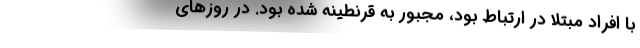
با افراد مبتلا در ارتباط بود، مجبور به قرنطینه شده بود. در روزهای